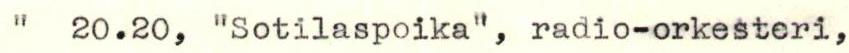
"  20.20, "Sotilaspoika", radio-orkesteri,